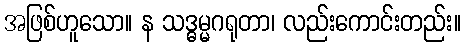
အဖြစ်ဟူသော။ န သဒ္ဓမ္မဂရုတာ၊ လည်းကောင်းတည်း။